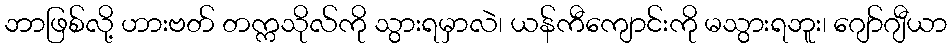
ဘာဖြစ်လို့ ဟားဗတ် တက္ကသိုလ်ကို သွားရမှာလဲ၊ ယန်ကီကျောင်းကို မသွားရဘူး၊ ဂျော်ဂျီယာ